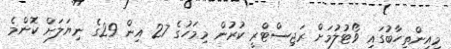
މިއިންތިހާބުގައި ވޯޓުލުމަށް ރަޖިސްޓްރީ ކުރުން މިމަހުގެ 27 އިން 29ގެ ނިޔަލަށް ކޮންމެ